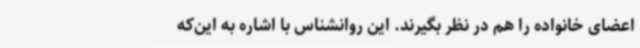
اعضای خانواده را هم در نظر بگیرند. این روانشناس با اشاره به این‌که